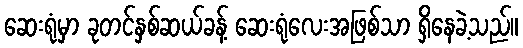
ဆေးရုံမှာ ခုတင်နှစ်ဆယ်ခန့် ဆေးရုံလေးအဖြစ်သာ ရှိနေခဲ့သည်။